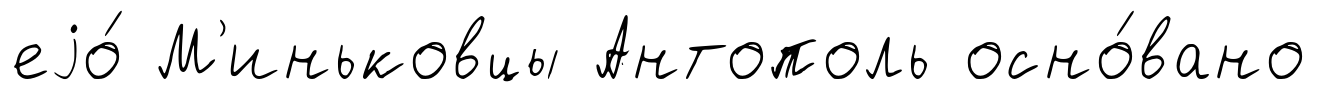
еjо́ М'иньковцы Антополь осно́вано